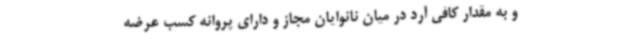
و به مقدار کافی آرد در میان نانوایان مجاز و دارای پروانه کسب عرضه